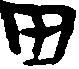
田